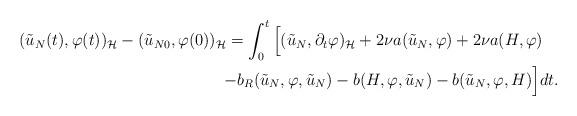
LaTeX: \begin{align*}(\tilde{u}_N(t),\varphi(t))_{\mathcal{H}}-(\tilde{u}_{N0},\varphi(0))_{\mathcal{H}}= \int_0^t \Big[&(\tilde{u}_N,\partial_t \varphi)_{\mathcal{H}}+2\nu a(\tilde{u}_N,\varphi)+2\nu a(H,\varphi) \\ -b_R(\tilde{u}_N&,\varphi,\tilde{u}_N)-b(H,\varphi,\tilde{u}_N)-b(\tilde{u}_N,\varphi, H) \Big]dt.\end{align*}